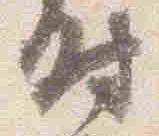
時